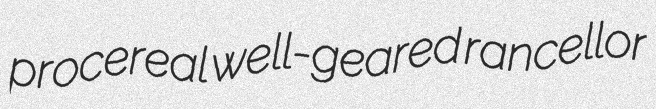
procereal well-geared rancellor